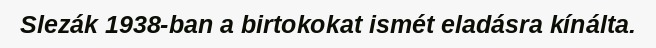
Slezák 1938-ban a birtokokat ismét eladásra kínálta.